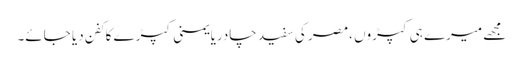
مجھے میرے ہی کپڑوں ،مصر کی سفید چادریایمنی کپڑے کا کفن دیا جائے۔